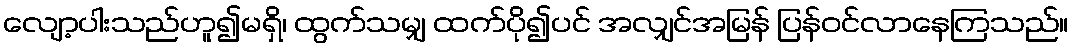
လျော့ပါးသည်ဟူ၍မရှိ၊ ထွက်သမျှ ထက်ပို၍ပင် အလျှင်အမြန် ပြန်ဝင်လာနေကြသည်။